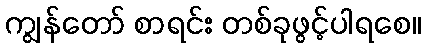
ကျွန်တော် စာရင်း တစ်ခုဖွင့်ပါရစေ။